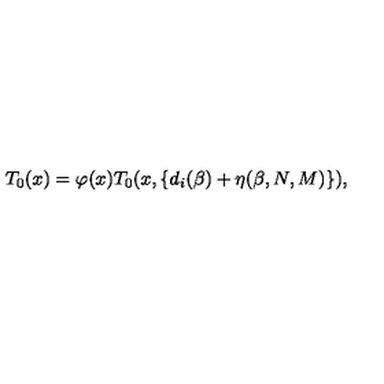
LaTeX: T _ { 0 } ( x ) = \varphi ( x ) T _ { 0 } ( x , \{ d _ { i } ( \beta ) + \eta ( \beta , N , M ) \} ) ,